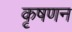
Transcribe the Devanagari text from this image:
कृषणन